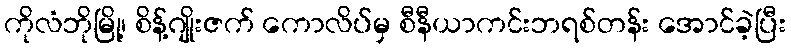
ကိုလံဘိုမြို့၊ စိန့်ဂျိုးဇက် ကောလိပ်မှ စီနီယာကင်းဘရစ်တန်း အောင်ခဲ့ပြီး